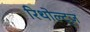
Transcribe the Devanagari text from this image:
रिथोल्ट्ज़